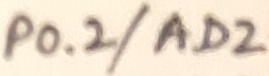
Text: P0.2/AD2